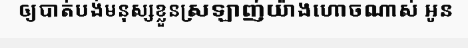
ឲ្យបាត់បង់មនុស្សខ្លួនស្រឡាញ់យ៉ាងហោចណាស់ អូន